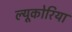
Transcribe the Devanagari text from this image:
ल्यूकोरिया